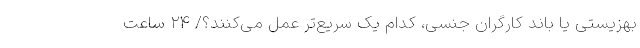
بهزیستی یا باند کارگران جنسی، کدام‌ یک سریع‌تر عمل می‌کنند؟/ ۲۴ ساعت